Statistical return of the lunatic asylum in Assam - 1912-1932
Year: 1912
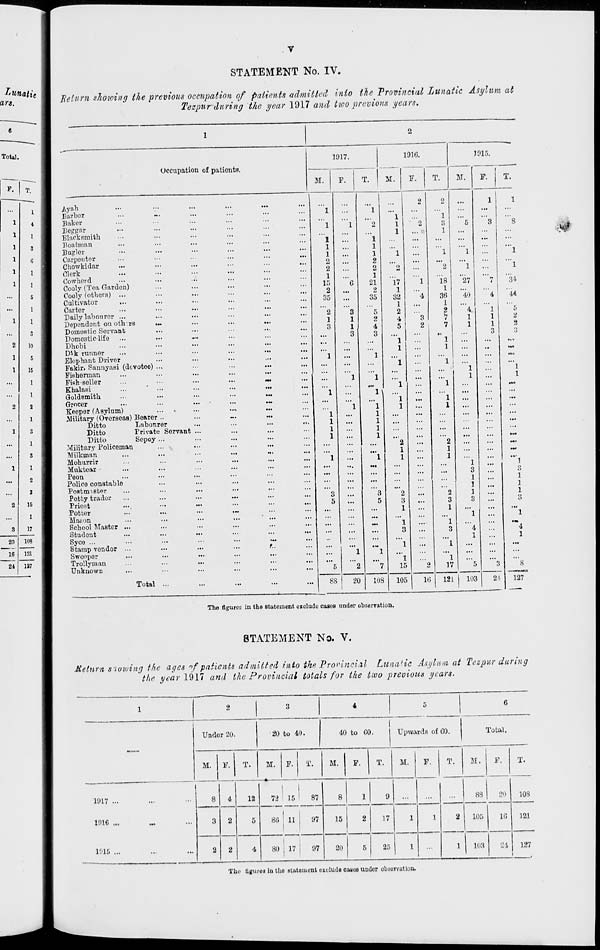
STATEMENT No. IV.
I
ars.
unatie
Return showing the previous occupation of patients admitted into the Provincial Lunatic Asylum at
Tezpur during the year 1917 and two previous years.
Total.
p - | T.
1
1
*
2
15
...
1
8
17
20 108
16 121
24 137
Occupation of pationts.
1917.
M.
F.
T.
1916.
M.
F.
M.
J915.
F.
x | Ay&h
...
1
Harbor
M.
4
I
Baker
I
Beggar
'..'.
1
I Black Bmith
...
s 1 Boatman
...
9
Bugler
...
G
1
Carpenter
I
Chowkidar
1
1
Clerk
...
1
1
Cowherd
I
Cooly (Tea Garden)
...
S
I
Cooly (others) ...
1
Cultivator
...
1
i
Cartor
1
Daily lahonror ...
1
Dependent on oth rs
m
3
i
Domestic Sorvant
I
Domostic-life
10
I
Dhobi
5
15
i
Dftk runnor
...
|
Elephant Driver
1
Fakir. Fannyasi (devotee) ...
I
Fisherman
1
1
Fish seller
1
Khalasi
1
I
Goldsmith
...
2
I
Grocer
1
Keeper (Asylum)
•
1
1
Military (Overseas) Dearer ..
1
Ditto
Labourer
3
I
Ditto
Private Sorvant
i
;
Ditto
[
Military Policeman
Sepoy ...
s
! 1
Milkman
Mohurrir
...
I
]
Mnktear
2
Peon
Police constable
...
*
I
PoBtmistor
...
1
1
1
2
2
1
15
2
35
2
1
3
Stamp vendor
Swoepor
Trollyman
Unknown
Total
1
2
1
1
1
2
2
1
21
4
35
17
1
32
1
2
4
5
1
1
18
1
36
1
2
?
1
"l
"27
"io
" - 4
1
1
8S
1
1
1
1
20
108
105
If.
1
17
121
103
3
2t
The figures in the statement exclude cases under observation.
STATEMENT No. V.
1
"8
'"'l
"l
"34
"44
'"5
2
3
1
3
1
1
1
8
8
127
Metnm s'ioiving the ages if patients admitted into the Provincial Lunatic Asylum at Tezpur during
the year 1917 and the Provincial totals for the two previous years.
Under 20.
20 to 40.
40 to 60.
Upwards of 60.
Total.
M.
F.
T.
M.
F.
T.
M.
T.
M.
F.
T.
M.
F.
T.
1917 ...
1!H6
1015 ...
8
4
12
1
72 15
87
8
1
9
...
88
20
3
2
5
86 11
97
15
2
17
1
1
2
105
16
2
2
4
80 17
97
20
5
25
1
1
103
21
1
108
121
127
'l'hi' tiuureri iu tho statement exclude caves uuder observation.